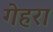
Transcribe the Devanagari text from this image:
गेहरा